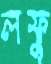
লফু